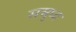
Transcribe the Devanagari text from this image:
सम्रुध्द